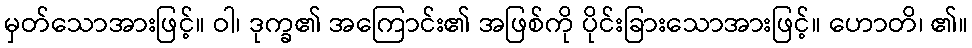
မှတ်သောအားဖြင့်။ ဝါ၊ ဒုက္ခ၏ အကြောင်း၏ အဖြစ်ကို ပိုင်းခြားသောအားဖြင့်။ ဟောတိ၊ ၏။